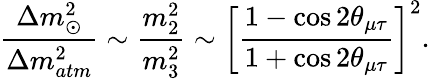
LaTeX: \frac{\Delta m_{\odot}^{2}}{\Delta m_{atm}^{2}}\sim\frac{m_{2}^{2}}{m_{3}^{2}}\sim\left[\frac{1-\cos 2\theta_{\mu\tau}}{1+\cos 2\theta_{\mu\tau}}\right]^{2}.